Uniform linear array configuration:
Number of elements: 16
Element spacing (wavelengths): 0.25
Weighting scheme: cosine
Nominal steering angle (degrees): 60
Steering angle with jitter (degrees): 60.637
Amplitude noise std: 0.05
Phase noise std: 0.05

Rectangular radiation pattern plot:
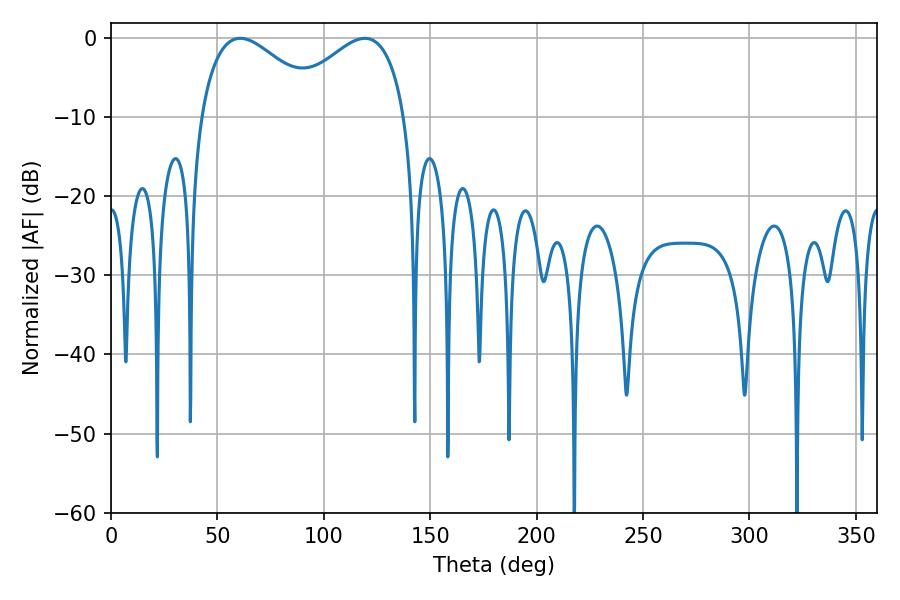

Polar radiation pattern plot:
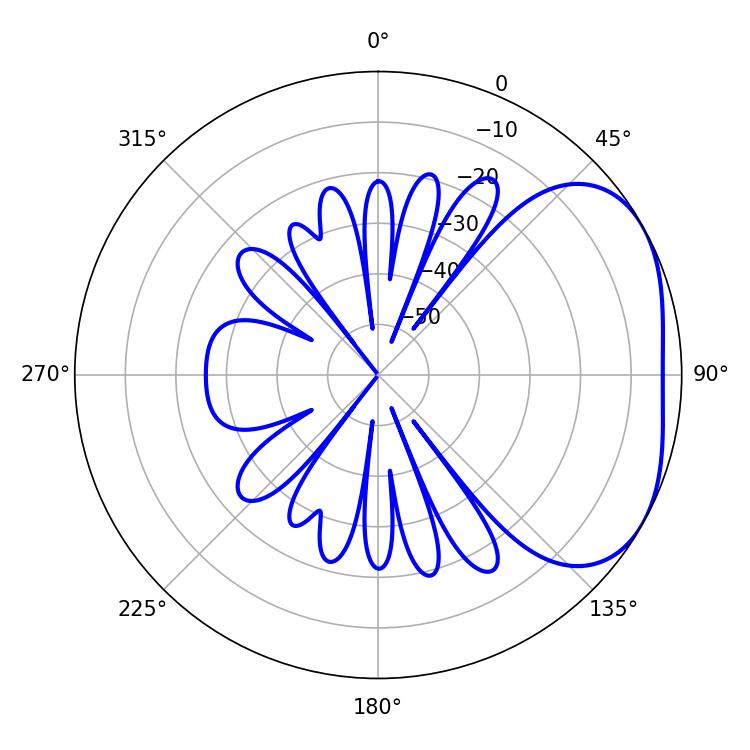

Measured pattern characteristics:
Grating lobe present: FALSE
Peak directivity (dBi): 3.138
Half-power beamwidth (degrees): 31.5
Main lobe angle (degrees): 60.66